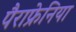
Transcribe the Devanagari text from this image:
पैराफ्रेनिया